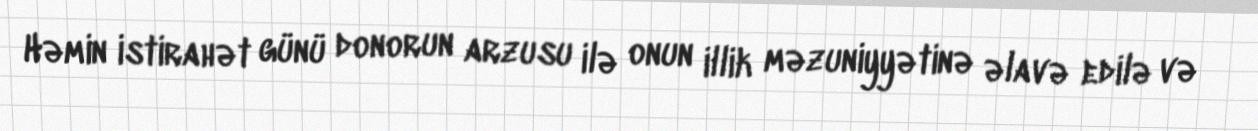
Həmin istirahət günü donorun arzusu ilə onun illik məzuniyyətinə əlavə edilə və